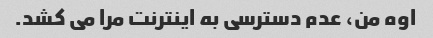
اوه من، عدم دسترسی به اینترنت مرا می کشد.